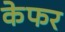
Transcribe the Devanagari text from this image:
केफर